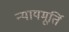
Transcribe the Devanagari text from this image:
न्‍यायमूर्ति